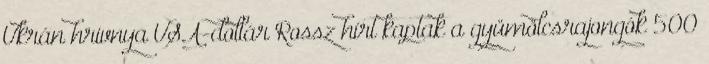
Ukrán hrivnya USA-dollár Rossz hírt kaptak a gyümölcsrajongók 500